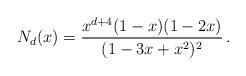
LaTeX: \begin{align*}N_d(x)=\frac{x^{d+4}(1-x)(1-2x)}{(1-3x+x^2)^2}\,.\end{align*}